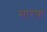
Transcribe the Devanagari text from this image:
मारफ